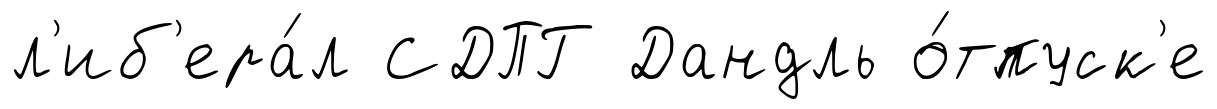
л'иб'ера́л СДПГ Дандль о́тпуск'е